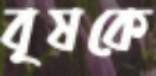
বৃষকে